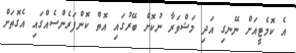
އެ ކޮމެޓީއަށް ނޭނގި އަދި މަޝްވަރާ ނުކޮށް ބޭރުގައި އޮތް ކޮންފަރެންސެއްގައި އެގޮތަށް